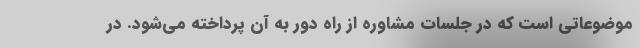
موضوعاتی است که در جلسات مشاوره از راه دور به آن پرداخته می‌شود. در